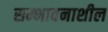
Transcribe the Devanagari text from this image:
सम्भावनाशील